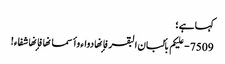
کہا ہے ؛
7509 - علیکم بألبان البقر فإنها دواء وأسمانها فإنها شفاء!